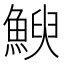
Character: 𮫿